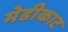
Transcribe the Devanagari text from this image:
मेडीकाट